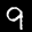
Label: 9